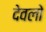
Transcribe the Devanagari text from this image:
देवलो